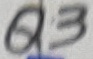
Text: Q3